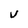
Character: v